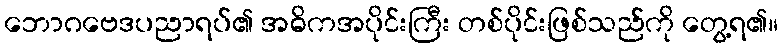
ဘောဂဗေဒပညာရပ်၏ အဓိကအပိုင်းကြီး တစ်ပိုင်းဖြစ်သည်ကို တွေ့ရ၏။